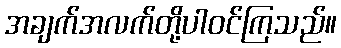
အချက်အလက်တို့ပါဝင်ကြသည်။